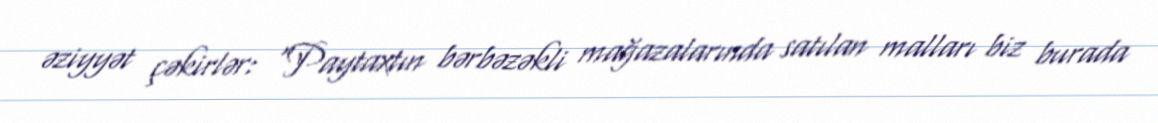
əziyyət çəkirlər: “Paytaxtın bərbəzəkli mağazalarında satılan malları biz burada